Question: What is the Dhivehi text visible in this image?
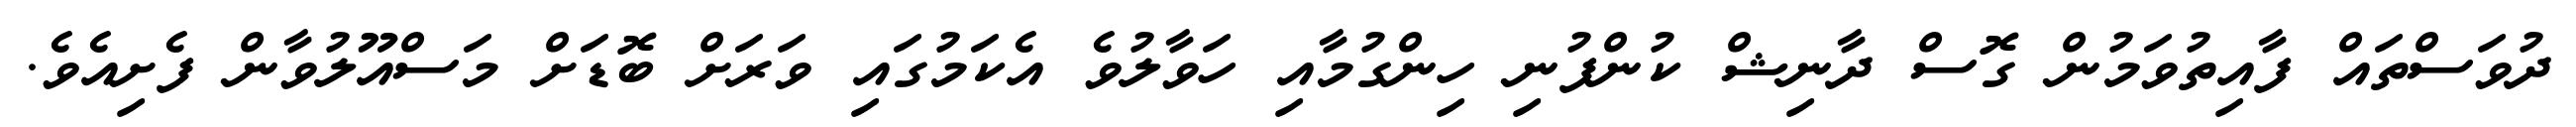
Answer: ދުވަސްތައް ފާއިތުވަމުން ގޮސް ދާނިޝް ކުންފުނި ހިންގުމާއި ހަވާލުވެ އެކަމުގައި ވަރަށް ބޮޑަށް މަސްއޫލުވާން ފެށިއެވެ.